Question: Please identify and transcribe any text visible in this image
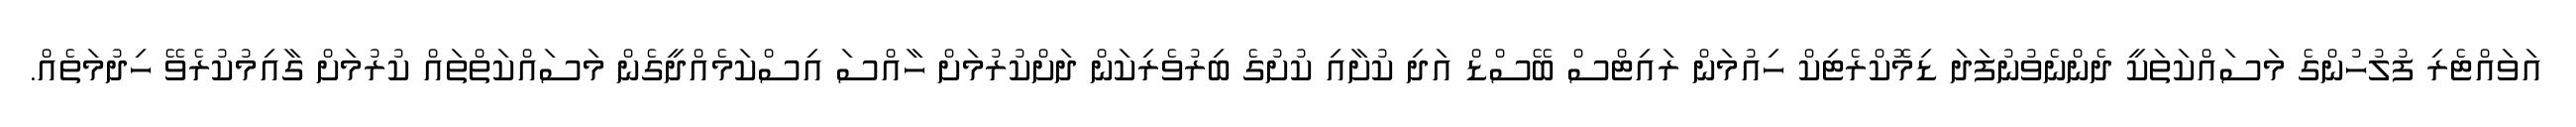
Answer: އަވައްޓެރި ފުލުހުންގެ މަސައްކަތަކީ ދެންނެވުނުފަދަ ޑިމޮކްރެޓިކް ހިއުމަން ރައިޓްސް ބޭސްޑް އަދި ކުށާއި ކުށުގެ ބިރުވެރިކަން ދަށްކުރުމަށް ހާއްސަ އިސްކަމެއްދީގެން މަސައްކަތްތައް ކުރުމަށް ގާއިމުކުރެވޭ ހިދުމަތެއް.